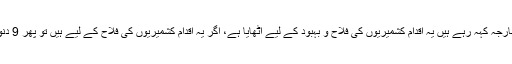
ان کا کہنا ہے بھارتی وزیر خارجہ کہہ رہے ہیں یہ اقدام کشمیریوں کی فلاح و بہبود کے لیے اٹھایا ہے، اگر یہ اقدام کشمیریوں کی فلاح کے لیے ہیں تو پھر 9 دنوں سے وہاں کرفیو کیوں ہے؟